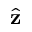
\hat { \bf z }